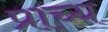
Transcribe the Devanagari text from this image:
प्राच्‍य